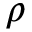
\boldsymbol { \rho }